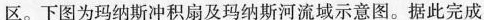
区。下图为玛纳斯冲积扇及玛纳斯河流域示意图。据此完成